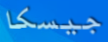
جيسكا